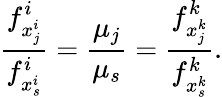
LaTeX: {\frac{f_{x_{j}^{i}}^{i}}{f_{x_{s}^{i}}^{i}}}={\frac{\mu_{j}}{\mu_{s}}}={\frac{f_{x_{j}^{k}}^{k}}{f_{x_{s}^{k}}^{k}}}.